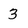
Character: 3